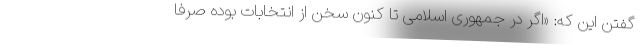
گفتن این که: «اگر در جمهوری اسلامی تا کنون سخن از انتخابات بوده صرفا